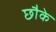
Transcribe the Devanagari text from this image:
छौके